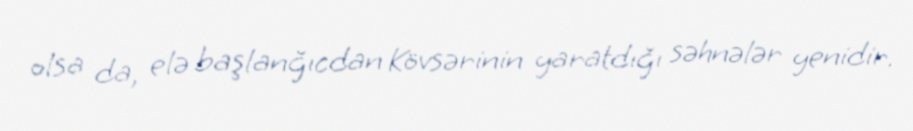
olsa da, elə başlanğıcdan Kövsərinin yaratdığı səhnələr yenidir.